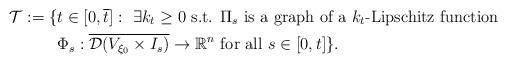
LaTeX: \begin{align*}\mathcal{T}:= \lbrace &t\in [0,\overline{t}] :\ \exists k_t \geq 0 \mbox{ s.t. } \Pi_s \mbox{ is a graph of a } k_t \mbox{-Lipschitz function}\\&\Phi_s:\overline{\mathcal{D} ( V_{\xi_0}\times I_s)}\rightarrow \mathbb{R}^n \mbox{ for all } s\in [0,t] \rbrace. \end{align*}